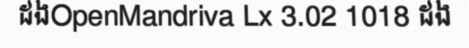
ដងOpenMandriva Lx 3.02 1018 ដង